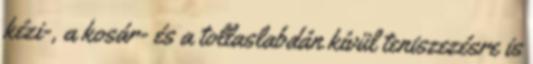
kézi-, a kosár- és a tollaslabdán kívül teniszezésre is